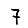
Digit: 7